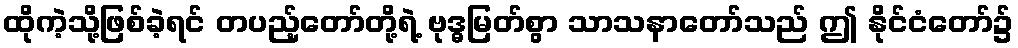
ထိုကဲ့သို့ဖြစ်ခဲ့ရင် တပည့်တော်တို့ရဲ့ ဗုဒ္ဓမြတ်စွာ သာသနာတော်သည် ဤ နိုင်ငံတော်၌